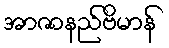
အာဇာနည်ဗိမာန်